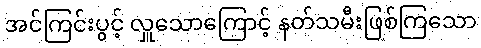
အင်ကြင်းပွင့် လှူသောကြောင့် နတ်သမီးဖြစ်ကြသော